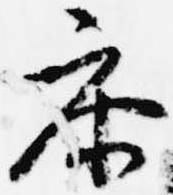
参